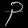
Digit: ၃